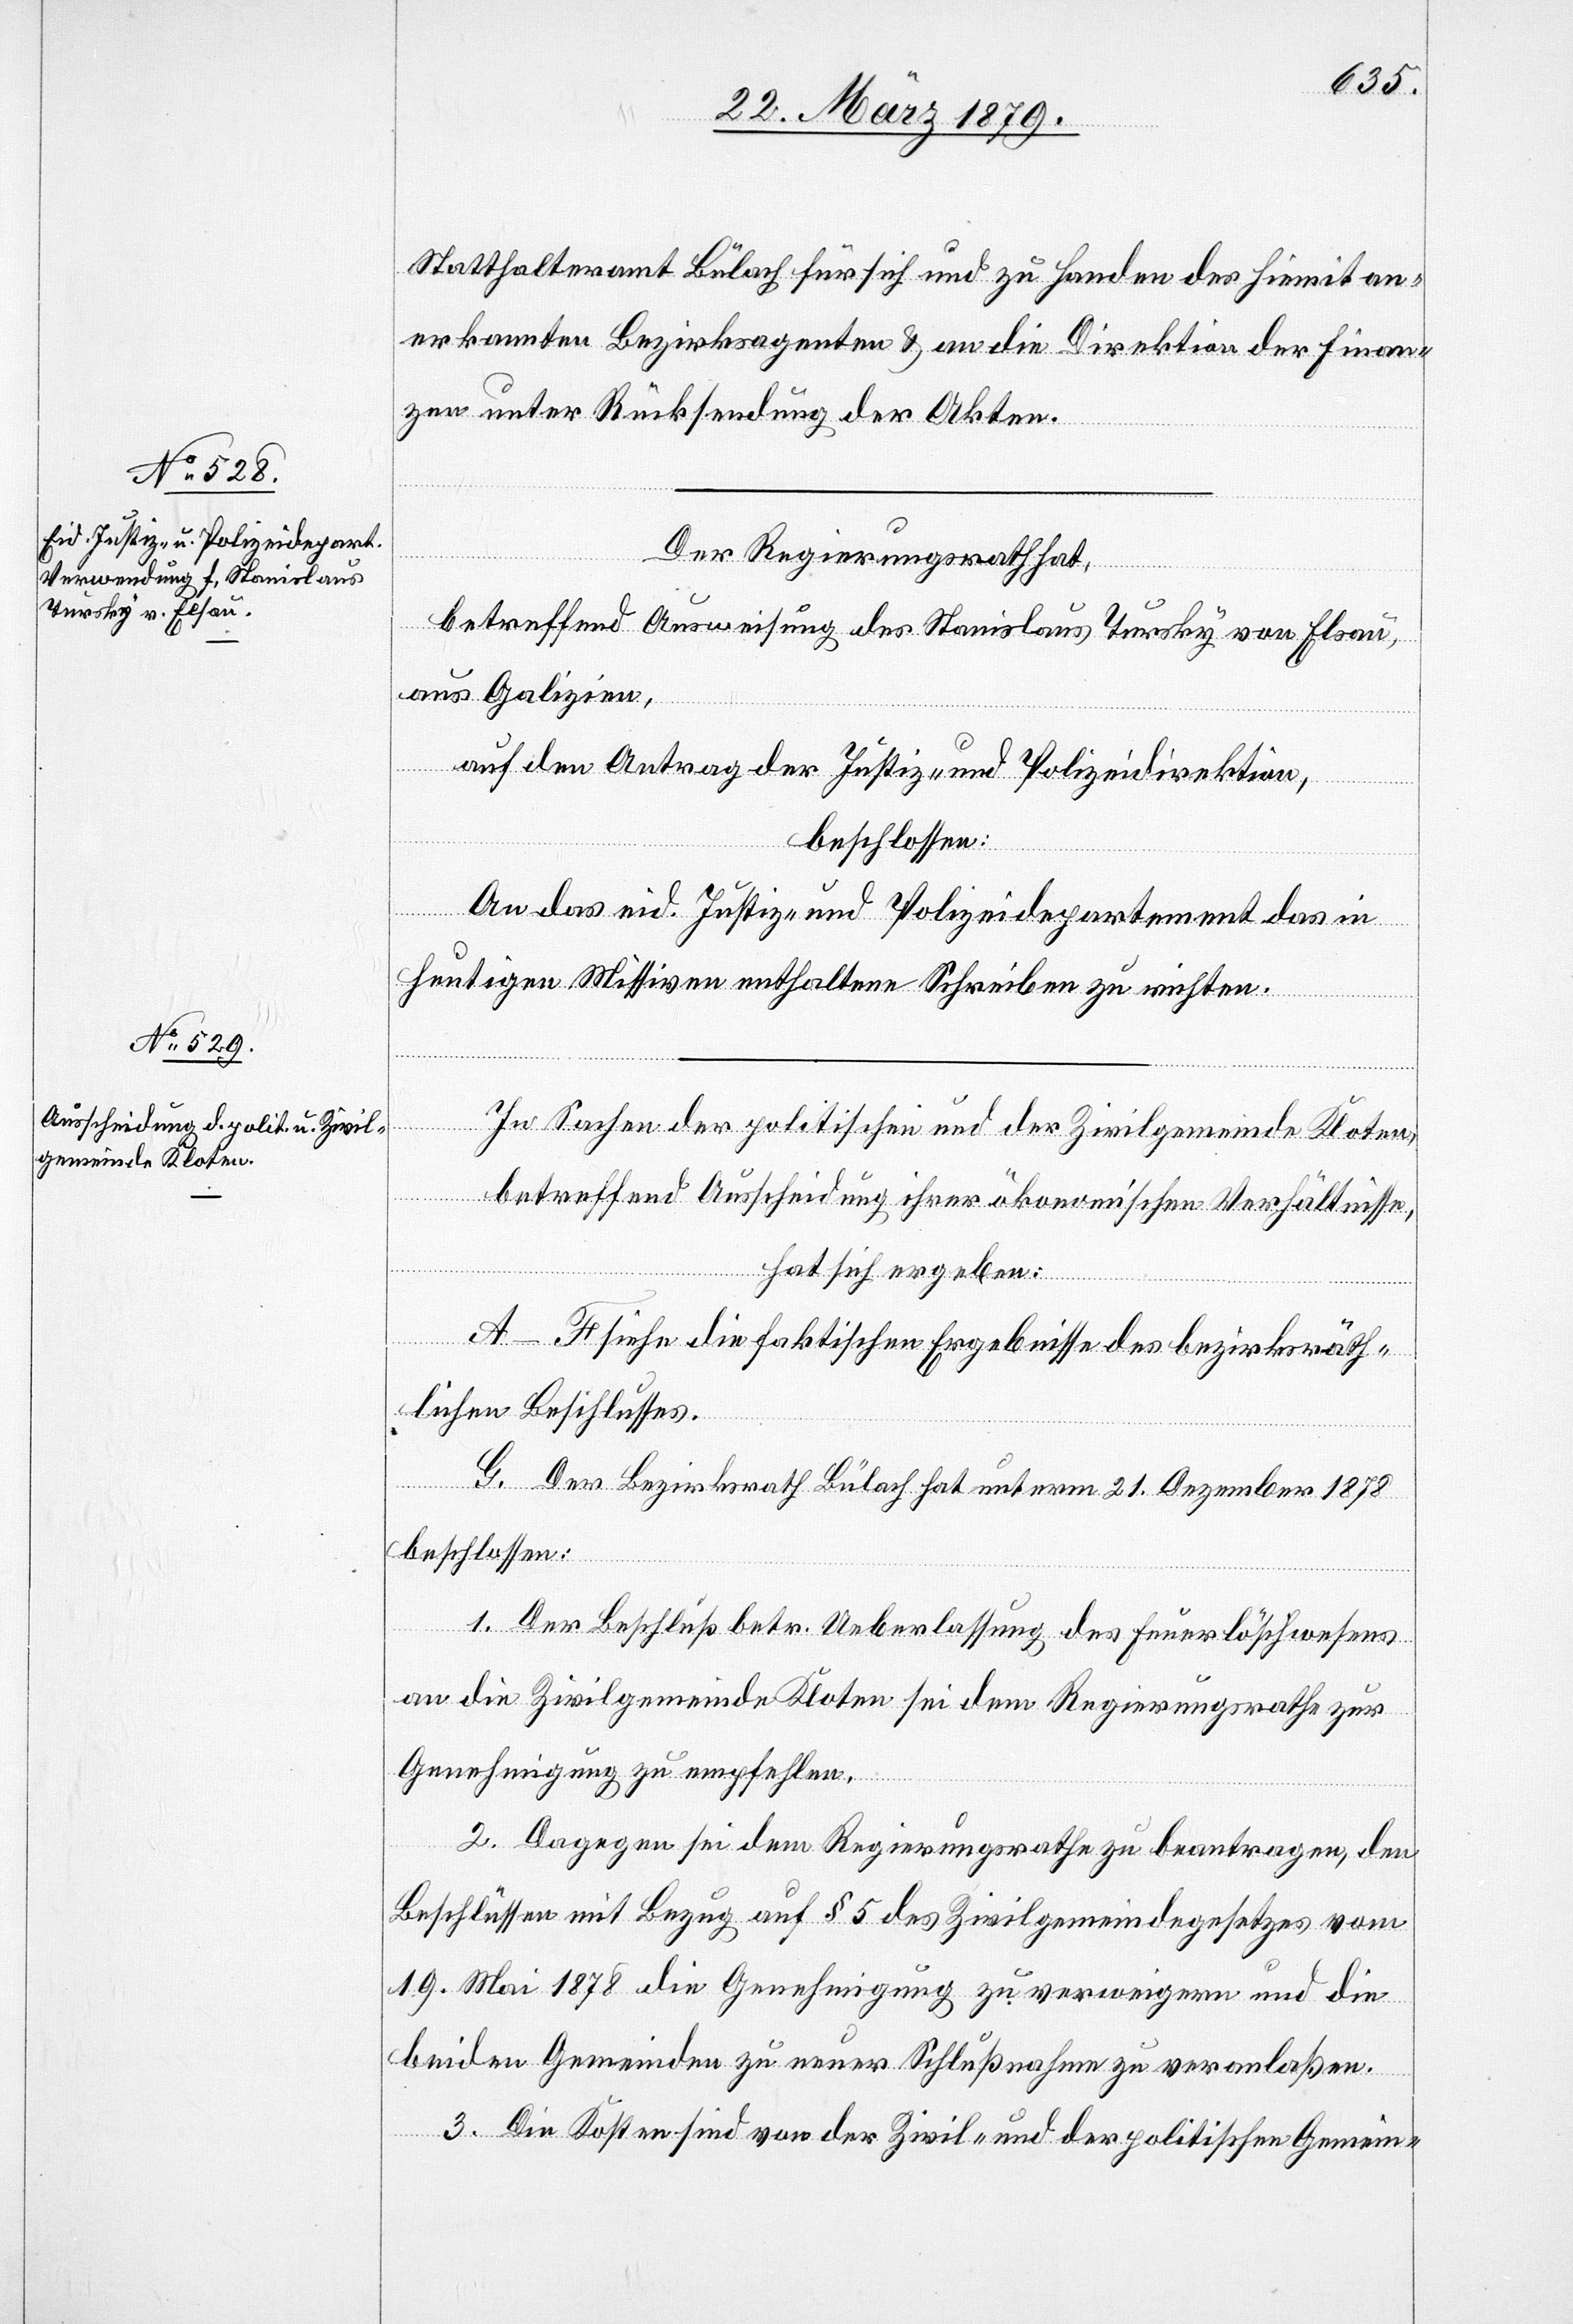
Statthalteramt Bülach für sich und zu Handen des hiemit an¬
erkannten Bezirksagenten & an die Direktion der Finan¬
zen unter Rücksendung der Akten.
Der Regierungsrath hat,
betreffend Ausweisung des Stanislaus Tursky von Elsau,
aus Galizien,
auf den Antrag der Justiz- und Polizeidirektion,
beschlossen:
An das eid. Justiz- und Polizeidepartement das in
heutigen Missiven enthaltene Schreiben zu richten.
In Sachen der politischen und der Zivilgemeinde Kloten,
betreffend Ausscheidung ihrer ökonomischen Verhältnisse,
hat sich ergeben:
A–F siehe die faktischen Ergebnisse des bezirksräth¬
lichen Beschlusses.
G. Der Bezirksrath Bülach hat unterm 21. Dezember 1878
beschlossen:
1. Der Beschluß betr. Ueberlassung des Feuerlöschwesens
an die Zivilgemeinde Kloten sei dem Regierungsrathe zur
Genehmigung zum empfehlen.
2. Dagegen sei dem Regierungsrathe zu beantragen, den
Beschlüssen mit Bezug auf § 5 des Zivilgemeindegesetzes vom
19. Mai 1878 die Genehmigung zu verweigern und die
beiden Gemeinden zu neuer Schlußnahme zu veranlaßen.
3. Die Kosten sind von der Zivil- und der politischen Gemein-